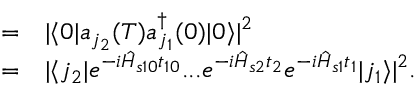
\begin{array} { r l } { = } & { { } | \langle 0 | a _ { j _ { 2 } } ( T ) a _ { j _ { 1 } } ^ { \dagger } ( 0 ) | 0 \rangle | ^ { 2 } } \\ { = } & { { } | \langle j _ { 2 } | e ^ { - i \hat { H } _ { s 1 0 } t _ { 1 0 } } . . . e ^ { - i \hat { H } _ { s 2 } t _ { 2 } } e ^ { - i \hat { H } _ { s 1 } t _ { 1 } } | j _ { 1 } \rangle | ^ { 2 } . } \end{array}